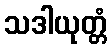
သဒါယုတ္တံ